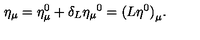
\eta _ { \mu } = \eta _ { \mu } ^ { 0 } + \delta _ { L } { \eta _ { \mu } } ^ { 0 } = { ( L \eta ^ { 0 } ) } _ { \mu } .